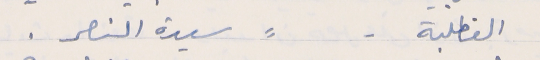
القطلبة -        ⸗       سيدة النصر .